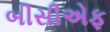
બીસીએફ